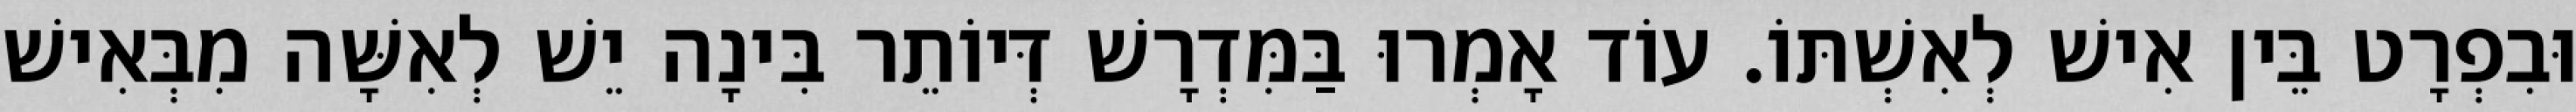
וּבִפְרָט בֵּין אִישׁ לְאִשְׁתּוֹ. עוֹד אָמְרוּ בַּמִּדְרָשׁ דְּיוֹתֵר בִּינָה יֵשׁ לְאִשָּׁה מִבְּאִישׁ